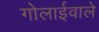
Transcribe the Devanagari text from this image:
गोलाईवाले